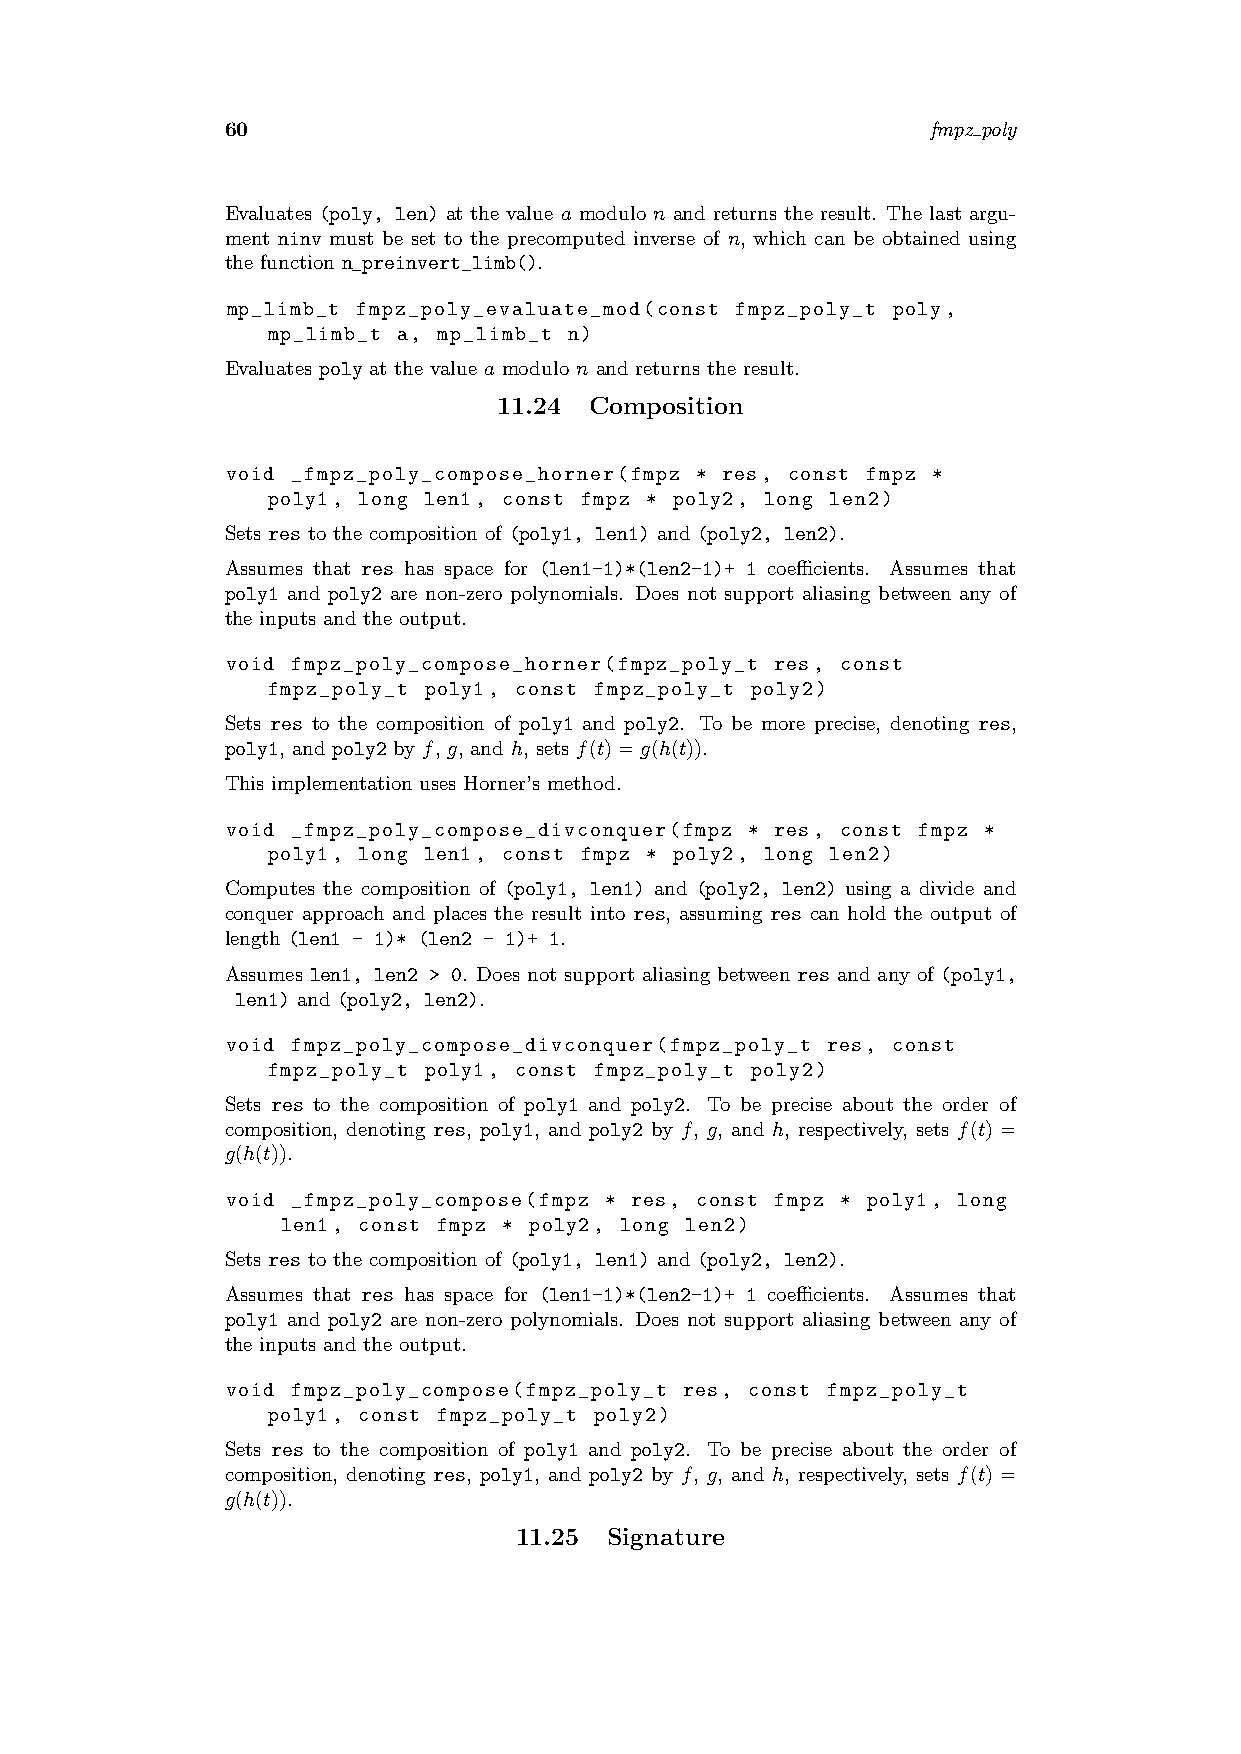
60                                             fmpz poly
 Evaluates (poly, len) at the value a modulo n and returns the result. The last argu-
 ment ninv must be set to the precomputed inverse of n, which can be obtained using
 the function n_preinvert_limb().
 mp_limb_t fmpz_poly_evaluate_mod(const fmpz_poly_t poly,
 mp_limb_t a, mp_limb_t n)
 Evaluates poly at the value a modulo n and returns the result.
 11.24 Composition
 void _fmpz_poly_compose_horner(fmpz * res, const fmpz *
 poly1, long len1, const fmpz * poly2, long len2)
 Sets res to the composition of (poly1, len1) and (poly2, len2).
 Assumes that res has space for (len1-1)*(len2-1)+ 1 coefficients. Assumes that
 poly1 and poly2 are non-zero polynomials. Does not support aliasing between any of
 the inputs and the output.
 void fmpz_poly_compose_horner(fmpz_poly_t res, const
 fmpz_poly_t poly1, const fmpz_poly_t poly2)
 Sets res to the composition of poly1 and poly2. To be more precise, denoting res,
 poly1, and poly2 by f, g, and h, sets f(t)=g(h(t)).
 This implementation uses Horner’s method.
 void _fmpz_poly_compose_divconquer(fmpz * res, const fmpz *
 poly1, long len1, const fmpz * poly2, long len2)
 Computes the composition of (poly1, len1) and (poly2, len2) using a divide and
 conquer approach and places the result into res, assuming res can hold the output of
 length (len1 - 1)* (len2 - 1)+ 1.
 Assumes len1, len2 > 0. Does not support aliasing between res and any of (poly1,
 len1) and (poly2, len2).
 void fmpz_poly_compose_divconquer(fmpz_poly_t res, const
 fmpz_poly_t poly1, const fmpz_poly_t poly2)
 Sets res to the composition of poly1 and poly2. To be precise about the order of
 composition, denoting res, poly1, and poly2 by f, g, and h, respectively, sets f(t) =
 g(h(t)).
 void _fmpz_poly_compose(fmpz * res, const fmpz * poly1, long
 len1, const fmpz * poly2, long len2)
 Sets res to the composition of (poly1, len1) and (poly2, len2).
 Assumes that res has space for (len1-1)*(len2-1)+ 1 coefficients. Assumes that
 poly1 and poly2 are non-zero polynomials. Does not support aliasing between any of
 the inputs and the output.
 void fmpz_poly_compose(fmpz_poly_t res, const fmpz_poly_t
 poly1, const fmpz_poly_t poly2)
 Sets res to the composition of poly1 and poly2. To be precise about the order of
 composition, denoting res, poly1, and poly2 by f, g, and h, respectively, sets f(t) =
 g(h(t)).
 11.25 Signature